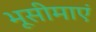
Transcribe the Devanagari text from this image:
भूसीमाएं